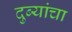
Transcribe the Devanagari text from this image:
दुब्यांचा